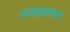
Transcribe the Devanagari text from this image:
अनाक्रमणाचे